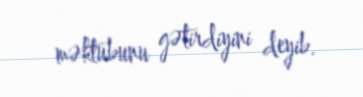
məktubunu gətirdiyini deyib.